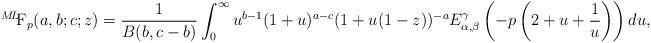
LaTeX: \begin{align*} {}^{M\!L\!\!}\textrm{F}_{p}(a,b;c;z)= \frac{1}{B(b,c-b)} \int_{0}^{\infty}u^{b-1}&(1+u)^{a-c}(1+u(1-z))^{-a}E_{\alpha, \beta}^{\gamma}\left(-p\left(2+u+\frac{1}{u}\right)\right)du,& \end{align*}